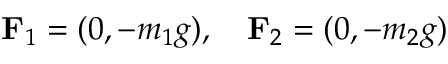
\mathbf { F } _ { 1 } = ( 0 , - m _ { 1 } g ) , \quad \mathbf { F } _ { 2 } = ( 0 , - m _ { 2 } g )